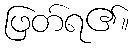
ဖြတ်ရ၏။